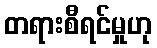
တရားစီရင်မှုဟု